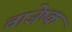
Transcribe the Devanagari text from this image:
वाजेष्क